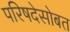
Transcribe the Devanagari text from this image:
परिषदेसोबत